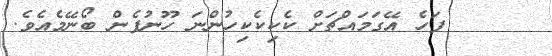
٥٤     ފަހެ އޭގަމައްޗަށް ކެކިކެކިހުންނަ ހޫނުފެން ބޯނޭމެއެވެ.